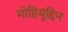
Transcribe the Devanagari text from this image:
मोहियुद्दिन